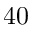
4 0